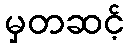
မှတဆင့်